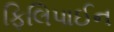
ફિલિપાઈન